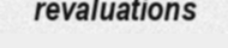
revaluations